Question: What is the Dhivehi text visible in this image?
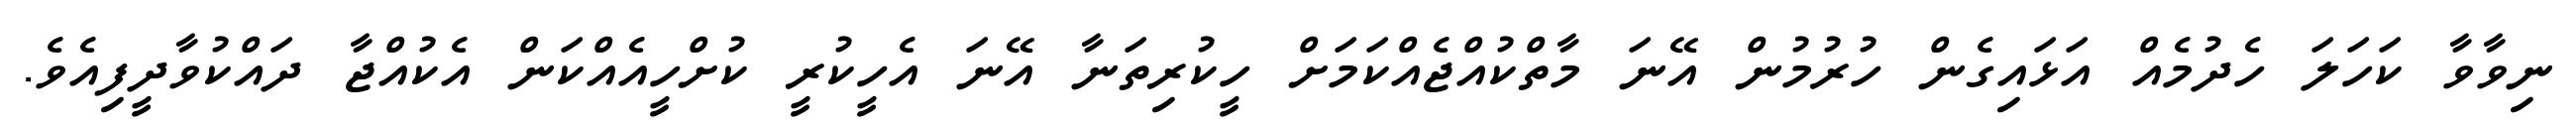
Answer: ނިވާވާ ކަހަލަ ހެދުމެއް އަޅައިގެން ހުރުމުން އޭނަ މާތްކުއްޖެއްކަމަށް ހީކުރިތަނާ އޭނަ އެހީކުރީ ކުށްހީއެއްކަން އެކުއްޖާ ދައްކުވާދީފިއެވެ.